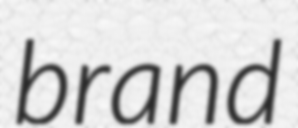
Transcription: brand